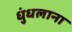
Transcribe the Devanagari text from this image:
धुंधलाना